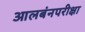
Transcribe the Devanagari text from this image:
आलबंनपरीक्षा